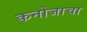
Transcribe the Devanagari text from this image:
कनोजाचा